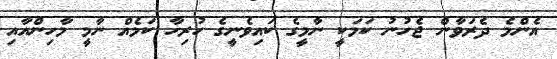
އެންމެ ދެރަވާން ޖެހުނު ކަމަކީ ނާމީގެ ކައިވެނީގެ ހުރިހާ ކަމެއް ނާމީ މާހިންއާއި